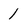
Character: 1